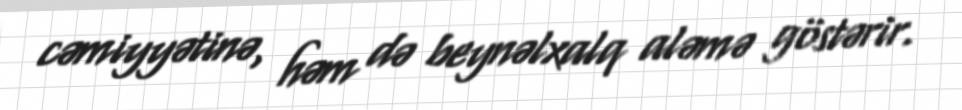
cəmiyyətinə, həm də beynəlxalq aləmə göstərir.